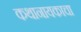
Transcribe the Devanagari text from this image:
कथानायकाचा